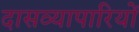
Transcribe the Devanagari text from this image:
दासव्यापारियों